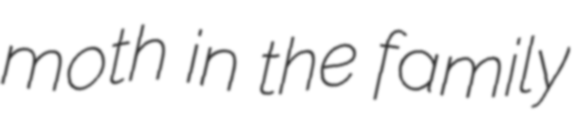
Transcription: moth in the family